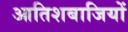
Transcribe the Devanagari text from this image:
आतिशबाजियों